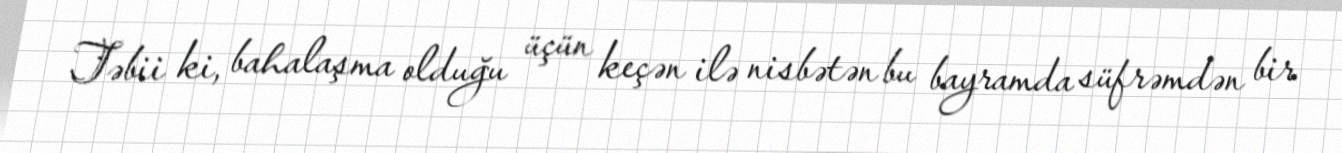
Təbii ki, bahalaşma olduğu üçün keçən ilə nisbətən bu bayramda süfrəmdən bir